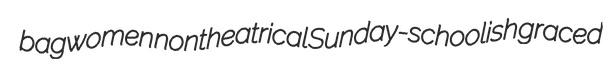
bagwomen nontheatrical Sunday-schoolish graced